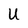
Character: U